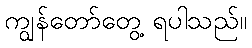
ကျွန်တော်တွေ့ ရပါသည်။